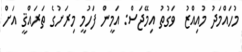
މުހައްމަދު މުއިއްޒު  ވަގުތު އިމޭޖަސް: އަމީން ފަހުމީ މިރަށުގެ ތަރައްޤީ އަށް